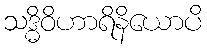
သဒ္ဓိဝိဟာရိနိယောပိ